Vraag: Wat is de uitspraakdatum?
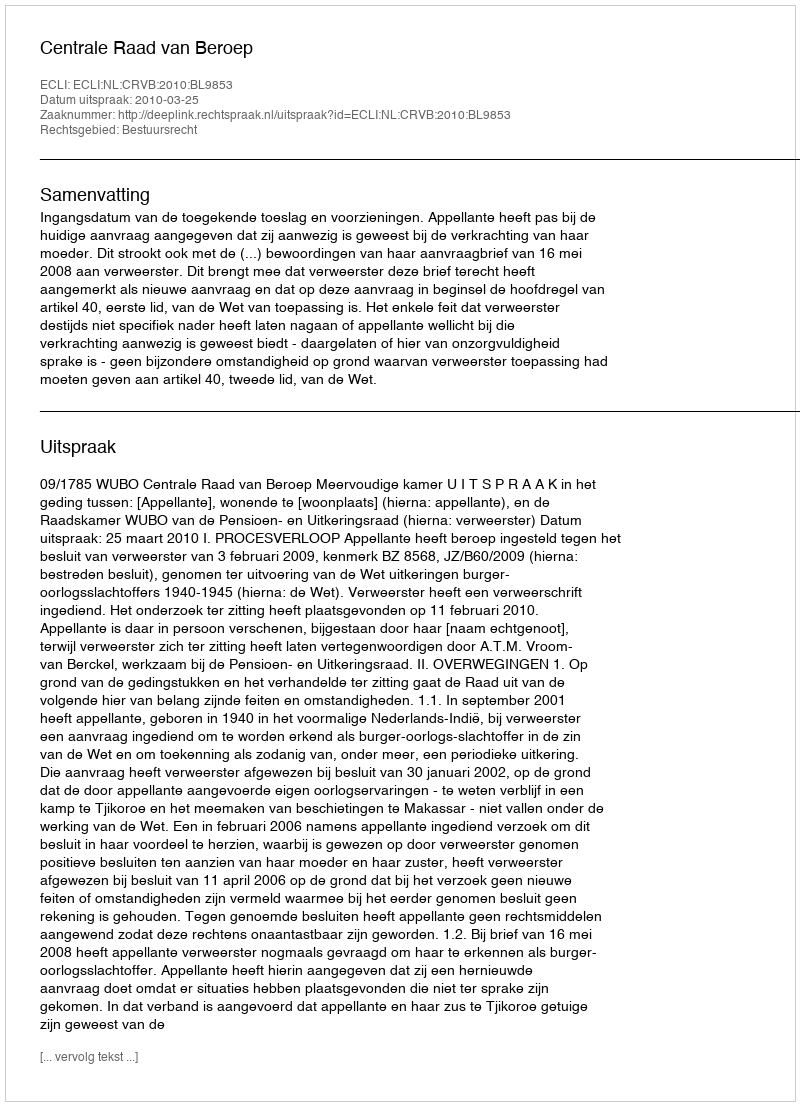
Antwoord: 2010-03-25